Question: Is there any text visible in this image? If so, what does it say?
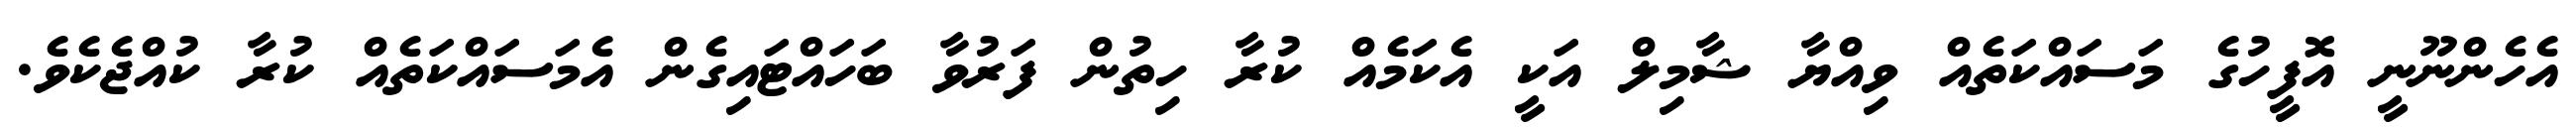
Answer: އެހެންނޫނީ އޮފީހުގެ މަސައްކަތެއް ވިއްޔާ ޝާމިލް އަކީ އެކަމެއް ކުރާ ހިތުން ފަރުވާ ބަހައްޓައިގެން އެމަސައްކަތެއް ކުރާ ކުއްޖެކެވެ.